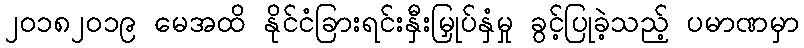
၂၀၁၈၂၀၁၉ မေအထိ နိုင်ငံခြားရင်းနှီးမြှုပ်နှံမှု ခွင့်ပြုခဲ့သည့် ပမာဏမှာ